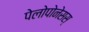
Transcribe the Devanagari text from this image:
पेलोपोनेसस्‌